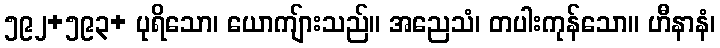
၅၉၂+၅၉၃+ ပုရိသော၊ ယောကျ်ားသည်။ အညေသံ၊ တပါးကုန်သော။ ဟီနာနံ၊